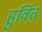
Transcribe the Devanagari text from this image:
हुर्वित